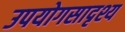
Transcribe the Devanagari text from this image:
उपयोगसादृश्य